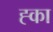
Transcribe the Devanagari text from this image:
ह्का